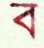
ব